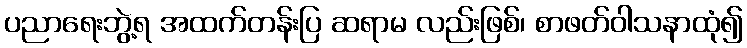
ပညာရေးဘွဲ့ရ အထက်တန်းပြ ဆရာမ လည်းဖြစ်၊ စာဖတ်ဝါသနာထုံ၍